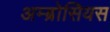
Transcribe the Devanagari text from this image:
अम्ब्रोसियस